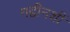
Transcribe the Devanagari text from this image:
गद्दीनशीं